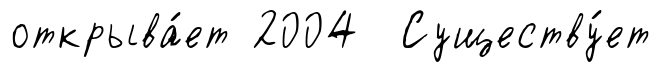
открыва́ет 2004 Существу́ет